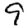
Digit: 9